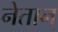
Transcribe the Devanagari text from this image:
नेतान्